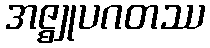
အဇ္ဈုပဂတဿ